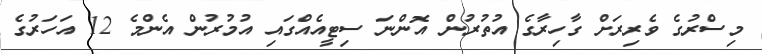
މިސްރުގެ ވެރިރަށް ގާހިރާގެ އުތުރުން އޮންނަ ސިޓީއެއްގައި އުމުރުން އެންމެ 12 އަހަރުގެ